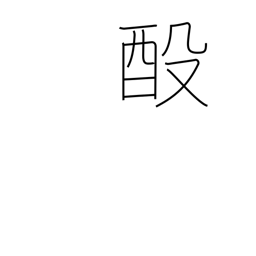
Meaning: rebrew